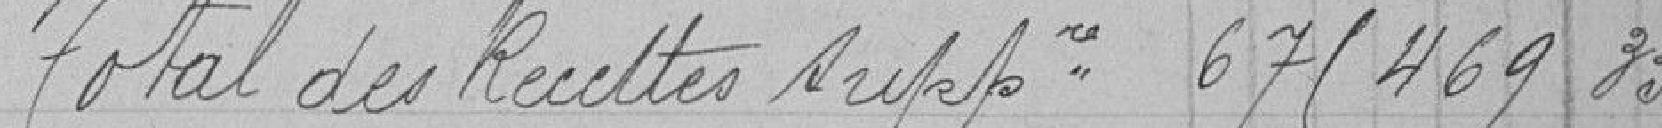
Total des recettes supplémentaires : 675 469,33